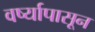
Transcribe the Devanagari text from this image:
वर्ष्यापासून